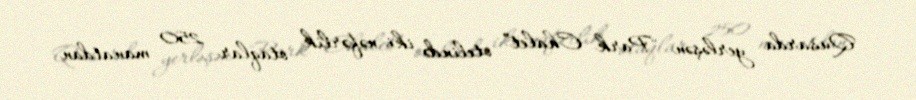
Qusarda yerləşən "Park Chalet” otelində iki nəfərlik otaqlar 250 manatdan